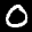
Label: 0